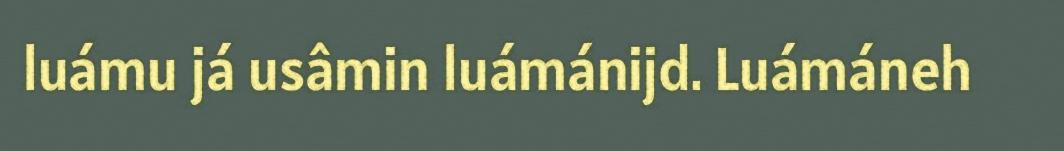
luámu já usâmin luámánijd. Luámáneh